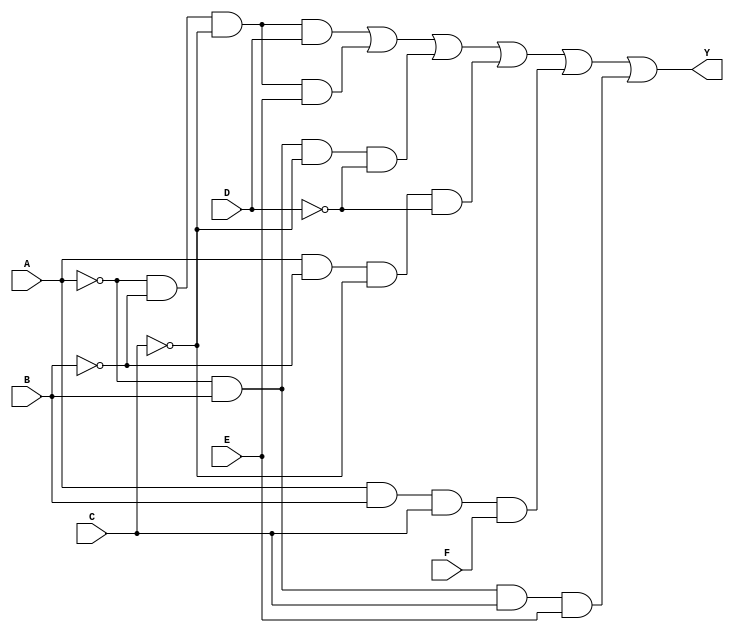
module six_variable_kmap (
    input wire A,  // Input variable A
    input wire B,  // Input variable B
    input wire C,  // Input variable C
    input wire D,  // Input variable D
    input wire E,  // Input variable E
    input wire F,  // Input variable F
    output wire Y  // Output variable Y
);

// Define the output logic based on the K-map simplification
// Example: Y = A'B'C'D + A'B'C'E + A'BC'D' + AB'C'D' + ABCF + A'BCE
// This is just an example; replace it with the actual simplified expression from your K-map.

wire A_not = ~A;  // NOT A
wire B_not = ~B;  // NOT B
wire C_not = ~C;  // NOT C
wire D_not = ~D;  // NOT D
wire E_not = ~E;  // NOT E
wire F_not = ~F;  // NOT F

// Example product terms based on K-map grouping
wire term1 = A_not & B_not & C_not & D;  // A'B'C'D
wire term2 = A_not & B_not & C_not & E;  // A'B'C'E
wire term3 = A_not & B & C_not & D_not;  // A'BC'D'
wire term4 = A & B_not & C_not & D_not;  // AB'C'D'
wire term5 = A & B & C & F;               // ABCF
wire term6 = A_not & B & C & E;           // A'BCE

// Final output Y is the OR of all product terms
assign Y = term1 | term2 | term3 | term4 | term5 | term6;

endmodule